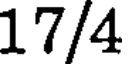
17/4